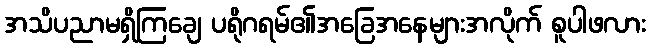
အသိပညာမရှိကြချေ ပရိုဂရမ်၏အခြေအနေများအလိုက် စူပါဖလား